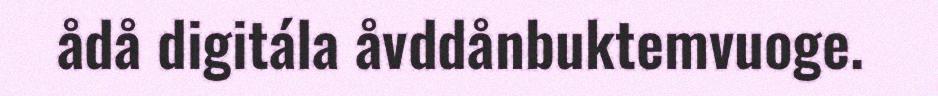
ådå digitála åvddånbuktemvuoge.